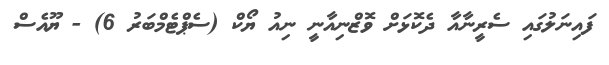
ފައިނަލުގައި ސެރީނާއާ ދެކޮޅަށް ވޮޒްނިއާނީ ނިއު ޔޯކް (ސެޕްޓެމްބަރު 6) - ޔޫއެސް